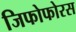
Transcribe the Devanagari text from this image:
जिफोफोरस